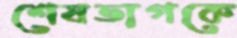
শেষভাগকে